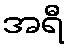
အရီ